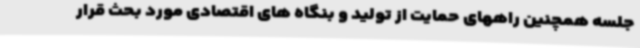
جلسه همچنین راههای حمایت از تولید و بنگاه های اقتصادی مورد بحث قرار